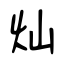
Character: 灿